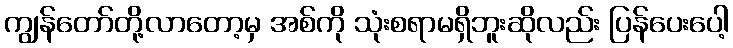
ကျွန်တော်တို့လာတော့မှ အစ်ကို သုံးစရာမရှိဘူးဆိုလည်း ပြန်ပေးပေါ့